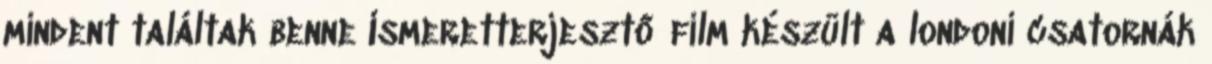
mindent találtak benne Ismeretterjesztő film készült a londoni csatornák